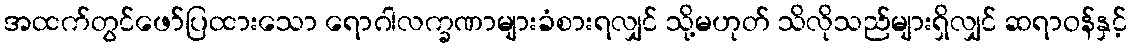
အထက်တွင်ဖော်ပြထားသော ရောဂါလက္ခဏာများခံစားရလျှင် သို့မဟုတ် သိလိုသည်များရှိလျှင် ဆရာဝန်နှင့်